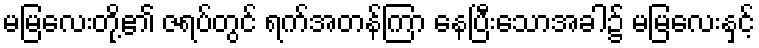
မမြလေးတို့၏ ဇရပ်တွင် ရက်အတန်ကြာ နေပြီးသောအခါ၌ မမြလေးနှင့်